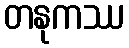
တနုကဿ